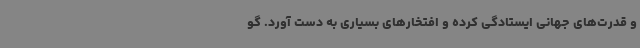
و قدرت‌های جهانی ایستادگی کرده و افتخارهای بسیاری به دست آورد. گو